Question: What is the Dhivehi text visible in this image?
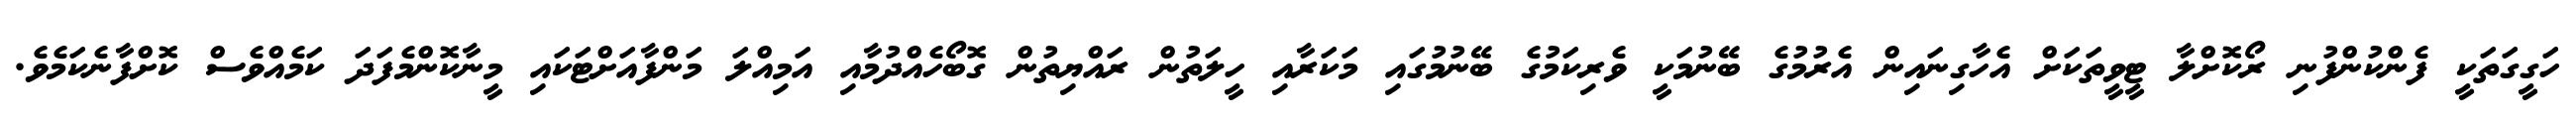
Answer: ހަގީގަތަކީ ފެންކުންފުނި ރޯކޮށްލާ ޓީވީތަކަށް އެހާގިނައިން އެރުމުގެ ބޭނުމަކީ ވެރިކަމުގެ ބޭނުމުގައި މަކަރާއި ހީލަތުން ރައްޔިތުން ގޮބޯހެއްދުމާއި އަމިއްލަ މަންފާއަށްޓަކައި މީނާކޮންމެފަދަ ކަމެއްވެސް ކޮށްފާނެކަމެވެ.